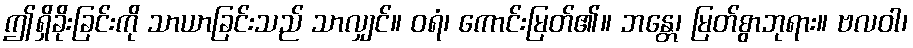
ဤရှိခိုးခြင်းကို သာယာခြင်းသည် သာလျှင်။ ဝရံ၊ ကောင်းမြတ်၏။ ဘန္တေ၊ မြတ်စွာဘုရား။ ဗလဝါ၊